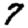
Digit: 7